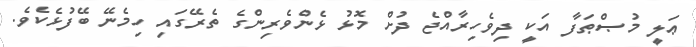
ޢަލީ މުޞްޠަފާ އަކީ ދިވެހިރާއްޖެ ދުށް މޮޅު ޅެންވެރިންގެ ތެރޭގައި ހިމެނޭ ބޭފުޅެކެވެ.